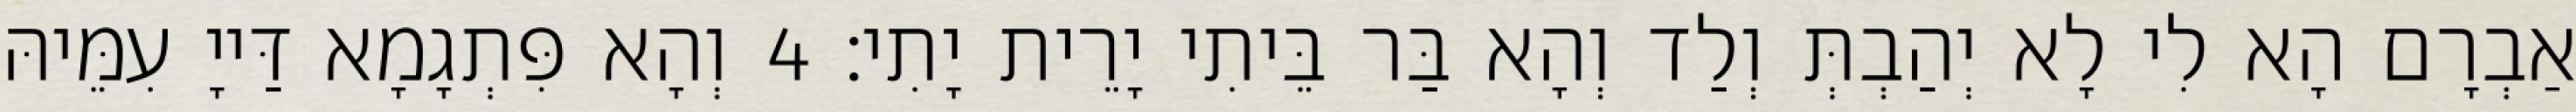
אַבְרָם הָא לִי לָא יְהַבְתְּ וְלַד וְהָא בַּר בֵּיתִי יָרֵית יָתִי׃ 4 וְהָא פִּתְגָמָא דַּייָ עִמֵּיהּ